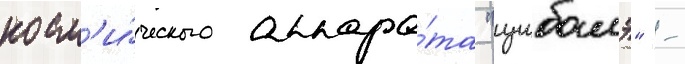
косм'и́ческого аппара́та "цубамэ" -